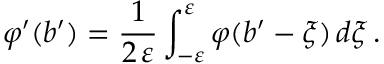
\varphi ^ { \prime } ( b ^ { \prime } ) = \frac { 1 } { 2 \, \varepsilon } \int _ { - \varepsilon } ^ { \varepsilon } \varphi ( b ^ { \prime } - \xi ) \, d \xi \, .